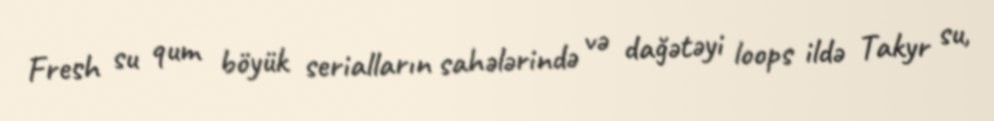
Fresh su qum böyük serialların sahələrində və dağətəyi loops ildə Takyr su,